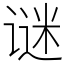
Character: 谜